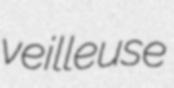
veilleuse